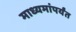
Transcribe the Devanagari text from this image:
माध्यमांपर्यंत